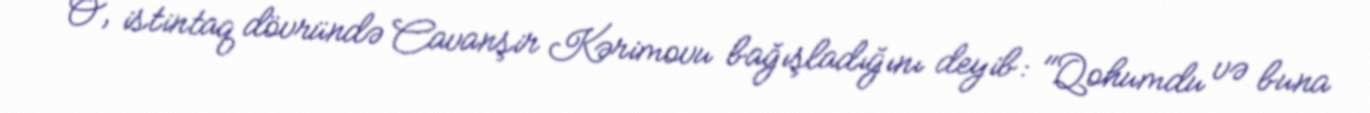
O, istintaq dövründə Cavanşir Kərimovu bağışladığını deyib: "Qohumdu və buna